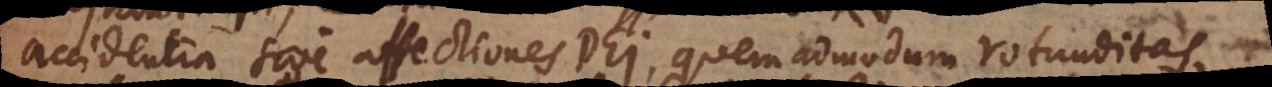
accidentia sive affectiones Dei, quemadmodum rotunditas,